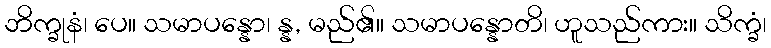
ဘိက္ခုနံ၊ ပေ။ သမာပန္နော၊ န္န, မည်၏။ သမာပန္နောတိ၊ ဟူသည်ကား။ သိက္ခံ၊